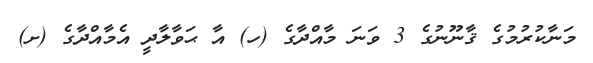
މަނާކުރުމުގެ ޤާނޫނުގެ 3 ވަނަ މާއްދާގެ (ހ) އާ ޙަވާލާދީ އެމާއްދާގެ (ށ)